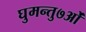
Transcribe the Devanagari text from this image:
घुमन्तु७ओं